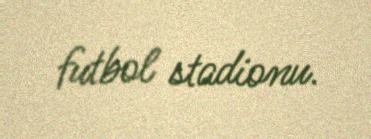
futbol stadionu.